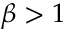
\beta > 1